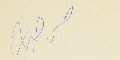
مرحبه